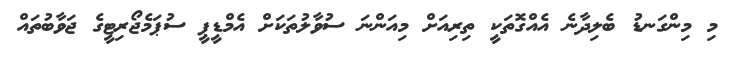
މި މިންގަނޑު ބެލިދާނެ އެއްގޮތަކީ ތިރިއަށް މިއަންނަ ސުވާލުތަކަށް އެމްޑީޕީ ސުޕަމެޖޯރިޓީގެ ޖަވާބުތައް